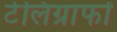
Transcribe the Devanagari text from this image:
टेलिग्राफों